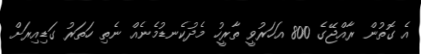
އެ ގޮތުން ރާއްޖޭގެ 800 އަހަރުވީ ތާރީހު މެދުކެނޑުމެނެއް ނެތި ހަތަރު ގަޑިއިރަށް